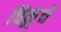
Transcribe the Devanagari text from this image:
पिकूंचे